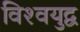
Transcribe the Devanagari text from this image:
विश्‍वयुद्व